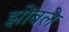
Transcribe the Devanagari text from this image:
झोंबले